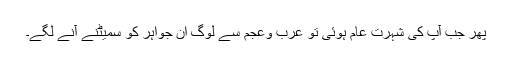
پھر جب آپ کی شہرت عام ہوئی تو عرب وعجم سے لوگ ان جواہر کو سمیٹنے آنے لگے۔